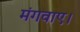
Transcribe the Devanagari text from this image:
मंगवाए।